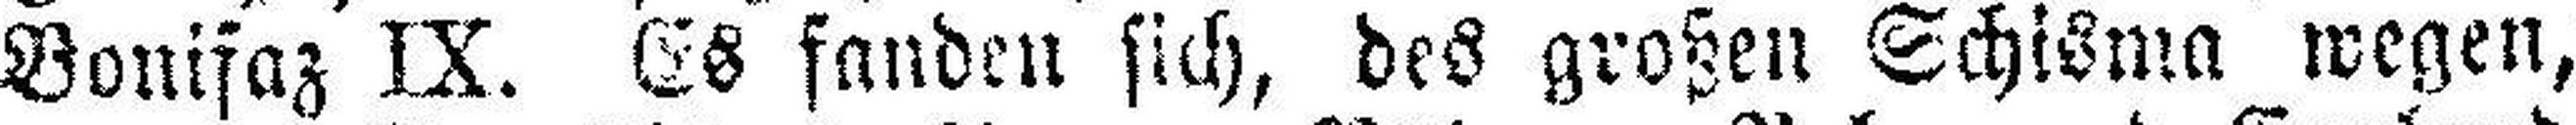
Bonifaz IX. Es fanden sich, des großen Schisma wegen,